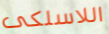
اللاسلكى